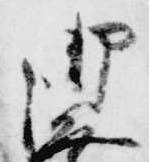
御